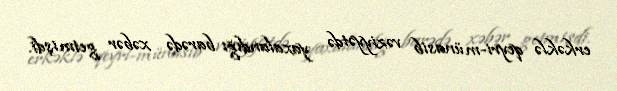
erkəklə qeyri-münasib vəziyyətdə yaxalandığı barədə xəbər getmişdi.